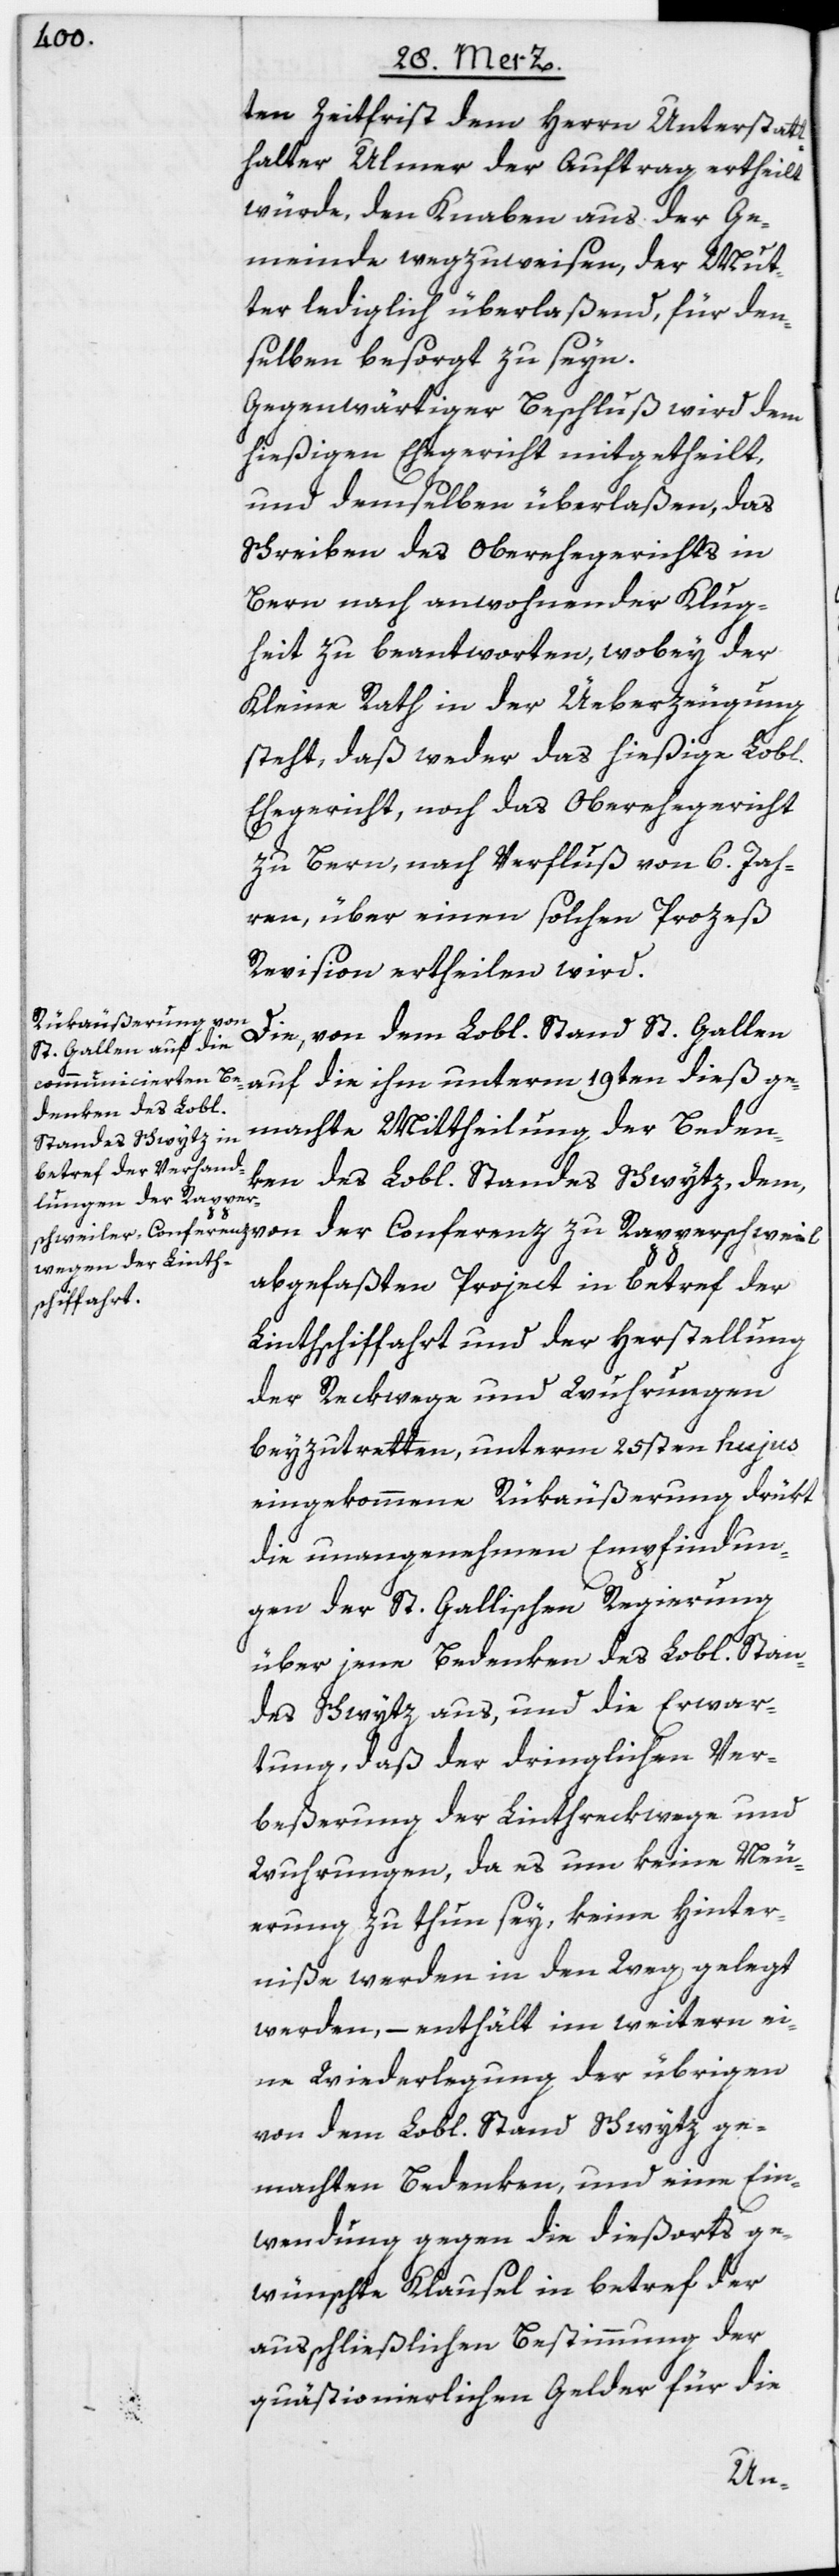
ten Zeitfrist dem Herrn Unterstatt¬
halter Ulmer der Auftrag ertheilt
würde, den Knaben aus der Ge¬
meinde wegzuweisen, der Mut¬
ter lediglich überlaßend, für den¬
selben besorgt zu seyn.
Gegenwärtiger Beschluß wird dem
hießigen Ehegericht mitgetheilt,
und demselben überlaßen, das
Schreiben des Oberehegerichts in
Bern nach anwohnender Klug¬
heit zu beantworten, wobey der
Kleine Rath in der Üeberzeugung
steht, daß weder das hießige Lobl.
Ehegericht, noch das Oberehegericht
zu Bern, nach Verfluß von 6. Jah¬
ren, über einen solchen Prozeß
Revision ertheilen wird.
Die, von dem Lobl. Stand St. Gallen
auf die ihm unterm 19ten dieß ge¬
machte Mittheilung der Beden¬
ken des Lobl. Standes Schwytz, dem,
abgefaßten Project in betref der
Linthschiffahrt und der Herstellung
der Reckwege und Wuhrungen
beyzutretten, unterm 25sten hujus
eingekommene Rükäußerung drükt
die unangenehmen Empfindun¬
gen der St. Gallischen Regierung
über jene Bedenken des Lobl. Stan¬
des Schwytz aus, und die Erwar¬
tung, daß der dringlichen Ver¬
beßerung der Linthreckwege und
Wuhrungen, da es um keine Neu¬
erung zu thun sey, keine Hinter¬
niße werden in den Weg gelegt
werden, – enthält im weitern ei¬
ne Wiederlegung der übrigen
von dem Lobl. Stand Schwytz ge¬
machten Bedenken, und eine Ein¬
wendung gegen die dießorts ge¬
wünschte Klausel in betref der
ausschließlichen Bestimmung der
quästionierlichen Gelder für die